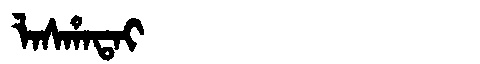
Manchu: ᠯᠠᠰᡥᠠᡨᠠᡳ
Romanization: LASHATAI